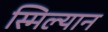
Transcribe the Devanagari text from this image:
स्मिल्यान